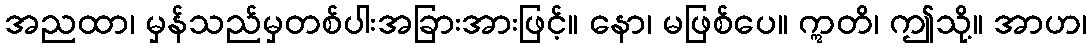
အညထာ၊ မှန်သည်မှတစ်ပါးအခြားအားဖြင့်။ နော၊ မဖြစ်ပေ။ ဣတိ၊ ဤသို့။ အာဟ၊